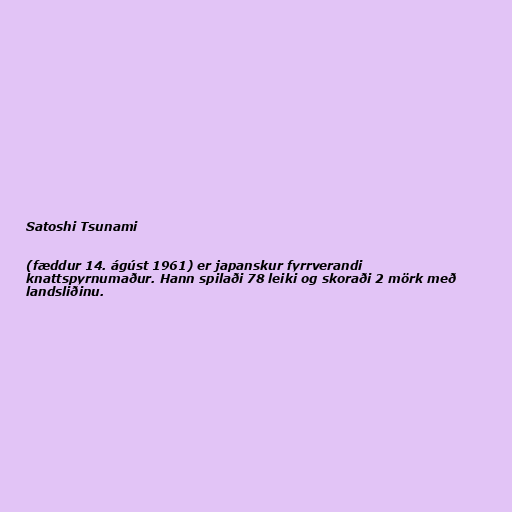
Satoshi Tsunami

(fæddur 14. ágúst 1961) er japanskur fyrrverandi
knattspyrnumaður. Hann spilaði 78 leiki og skoraði 2 mörk með
landsliðinu.